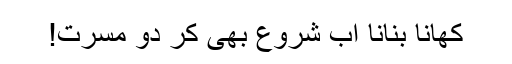
کھانا بنانا اب شروع بھی کر دو مسرت!